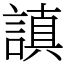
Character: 謓